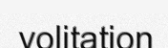
volitation